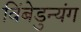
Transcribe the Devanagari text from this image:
विंबेडुन्यंग